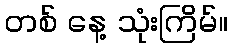
တစ် နေ့ သုံးကြိမ်။